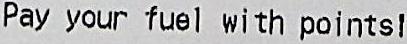
PAY YOUR FUEL WITH POINTS!